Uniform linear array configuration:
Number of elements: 16
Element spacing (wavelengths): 1
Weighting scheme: uniform
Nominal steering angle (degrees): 30
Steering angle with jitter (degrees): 28.612
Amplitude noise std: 0.05
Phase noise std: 0.05

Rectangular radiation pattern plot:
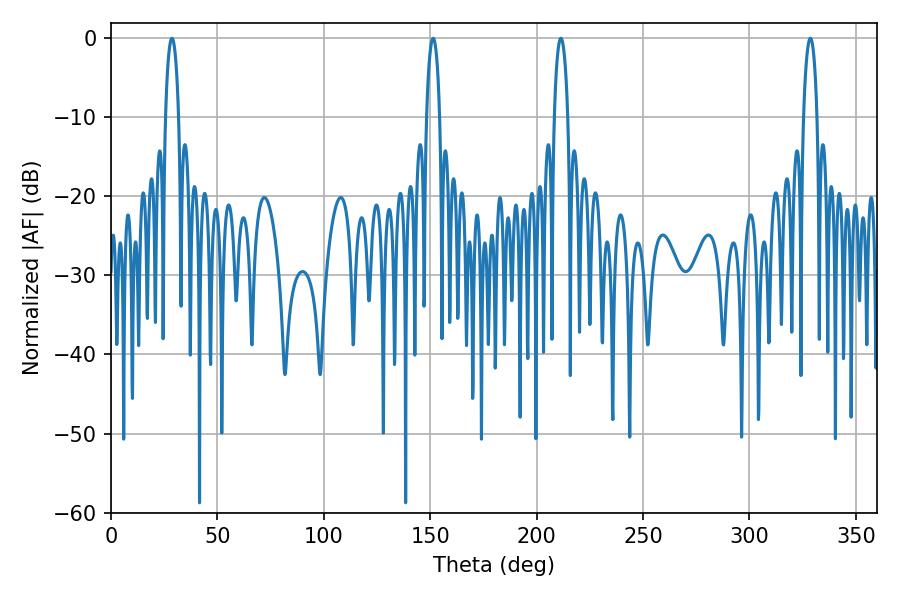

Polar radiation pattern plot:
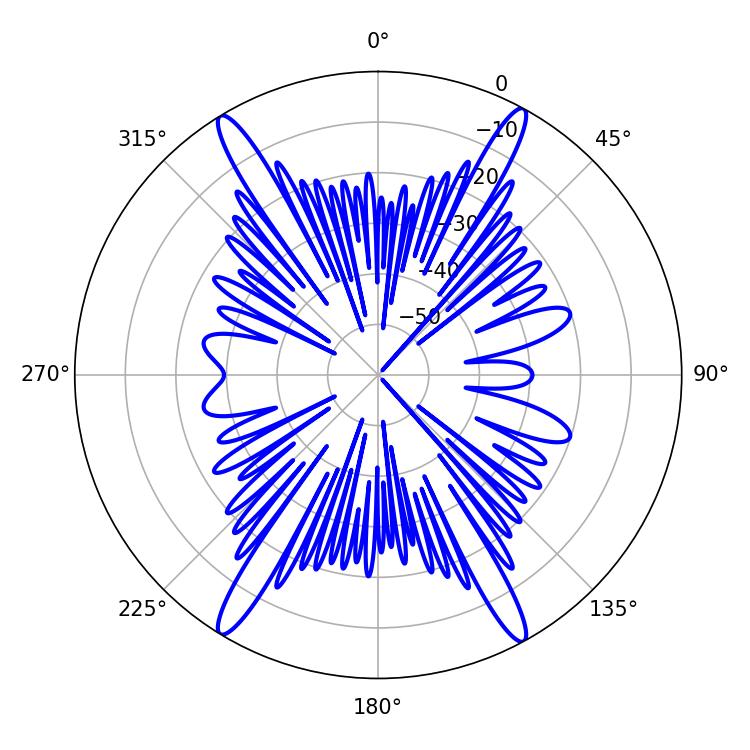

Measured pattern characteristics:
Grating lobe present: TRUE
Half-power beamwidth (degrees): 3.6
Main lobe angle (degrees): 28.62